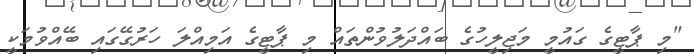
"މި ޕާޓީގެ ގައުމީ މަޖިލީހުގެ ބައްދަލުވުންތައް މި ޕާޓީގެ އަމިއްލަ ހަރުގޭގައި ބޭއްވުމަކީ